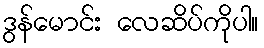
ဒွန်မောင်း လေဆိပ်ကိုပါ။